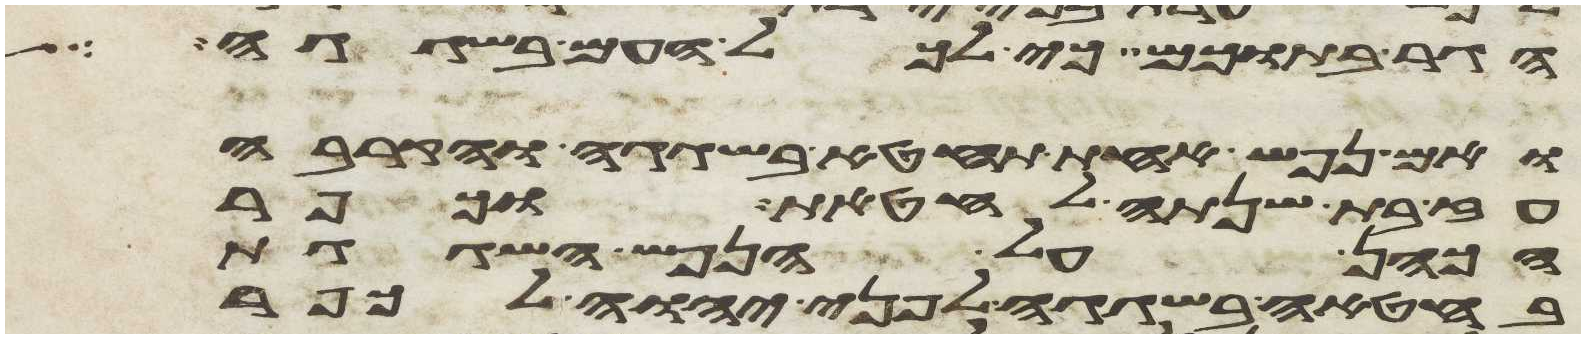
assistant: הגר בתוכם כי לכל העם בשגגה
ואם נפש אחת תחטא בשגגה והקריבה
עז בת שנתה לחטאת וכפר
הכהן על הנפש השגגת
בחטאה בשגגה לפני יהוה לכפר